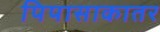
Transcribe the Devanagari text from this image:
पिपासाकातर